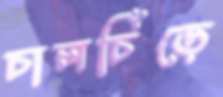
চালচিঁড়ে